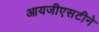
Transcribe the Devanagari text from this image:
आयजीएसटीने